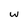
Character: w